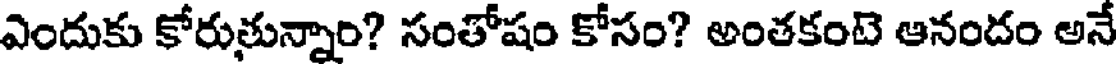
ఎందుకు కోరుతున్నాం? సంతోషం కోసం? అంతకంటె ఆనందం అనే